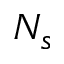
N _ { s }